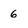
Character: 6